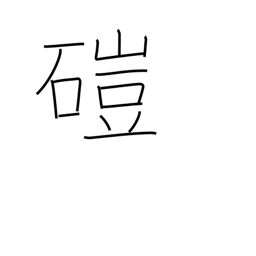
Meaning: hand mill